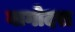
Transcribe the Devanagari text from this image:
बागोदरा